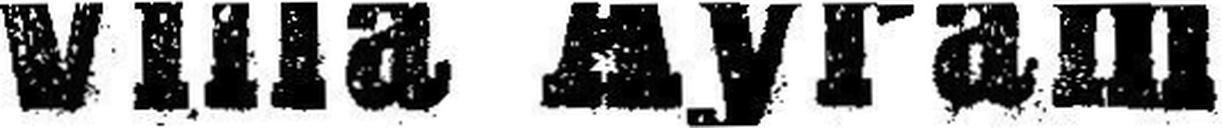
Villa Ayram